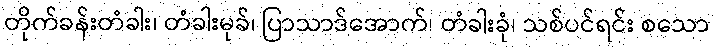
တိုက်ခန်းတံခါး၊ တံခါးမုခ်၊ ပြာသာဒ်အောက်၊ တံခါးခုံ၊ သစ်ပင်ရင်း စသော